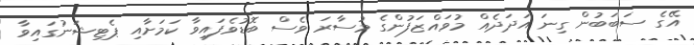
އޭގެ ސަބަބުން ގިނަ އަދަދެއް މުވައްޒަފުންގެ މުސާރަ ވެސް ބޮޑުވެފައިވާ ކަމަށާއި ޕެޓިޝަނުގައިވާ